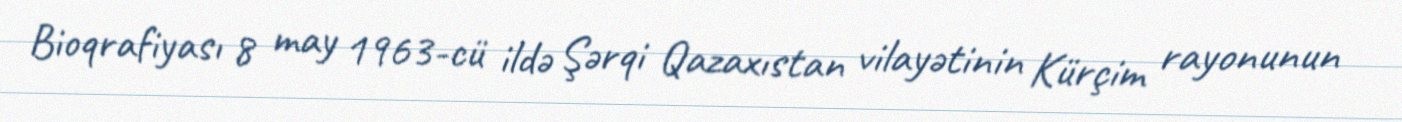
Bioqrafiyası 8 may 1963-cü ildə Şərqi Qazaxıstan vilayətinin Kürçim rayonunun